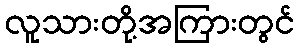
လူသားတို့အကြားတွင်